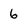
Character: 6